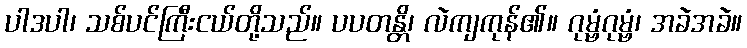
ပါဒပါ၊ သစ်ပင်ကြီးငယ်တို့သည်။ ပပတန္တိ၊ လဲကျကုန်၏။ ဂုမ္ဗံဂုမ္ဗံ၊ အခဲအခဲ။